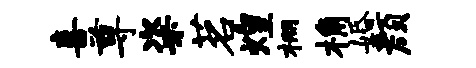
喜尊粢茗煌棚桷婚颜